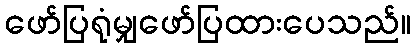
ဖော်ပြရုံမျှဖော်ပြထားပေသည်။